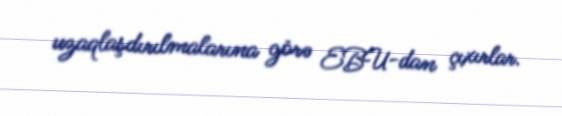
uzaqlaşdırılmalarına görə EBU-dan çıxırlar.